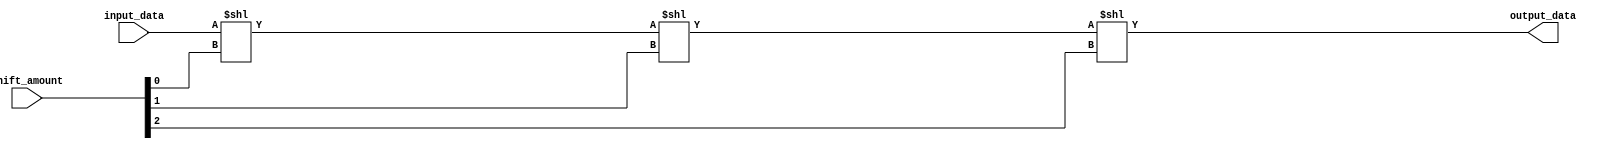
module barrel_shifter (
    input wire [7:0] input_data,
    input wire [2:0] shift_amount,
    output reg [7:0] output_data
);

reg [7:0] stage1_output;
reg [7:0] stage2_output;
reg [7:0] stage3_output;

always @(*) begin
    stage1_output = input_data << shift_amount[0];
    stage2_output = stage1_output << shift_amount[1];
    stage3_output = stage2_output << shift_amount[2];
end

assign output_data = stage3_output;

endmodule